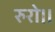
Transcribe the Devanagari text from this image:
रुरो।।